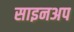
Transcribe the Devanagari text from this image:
साइनअप